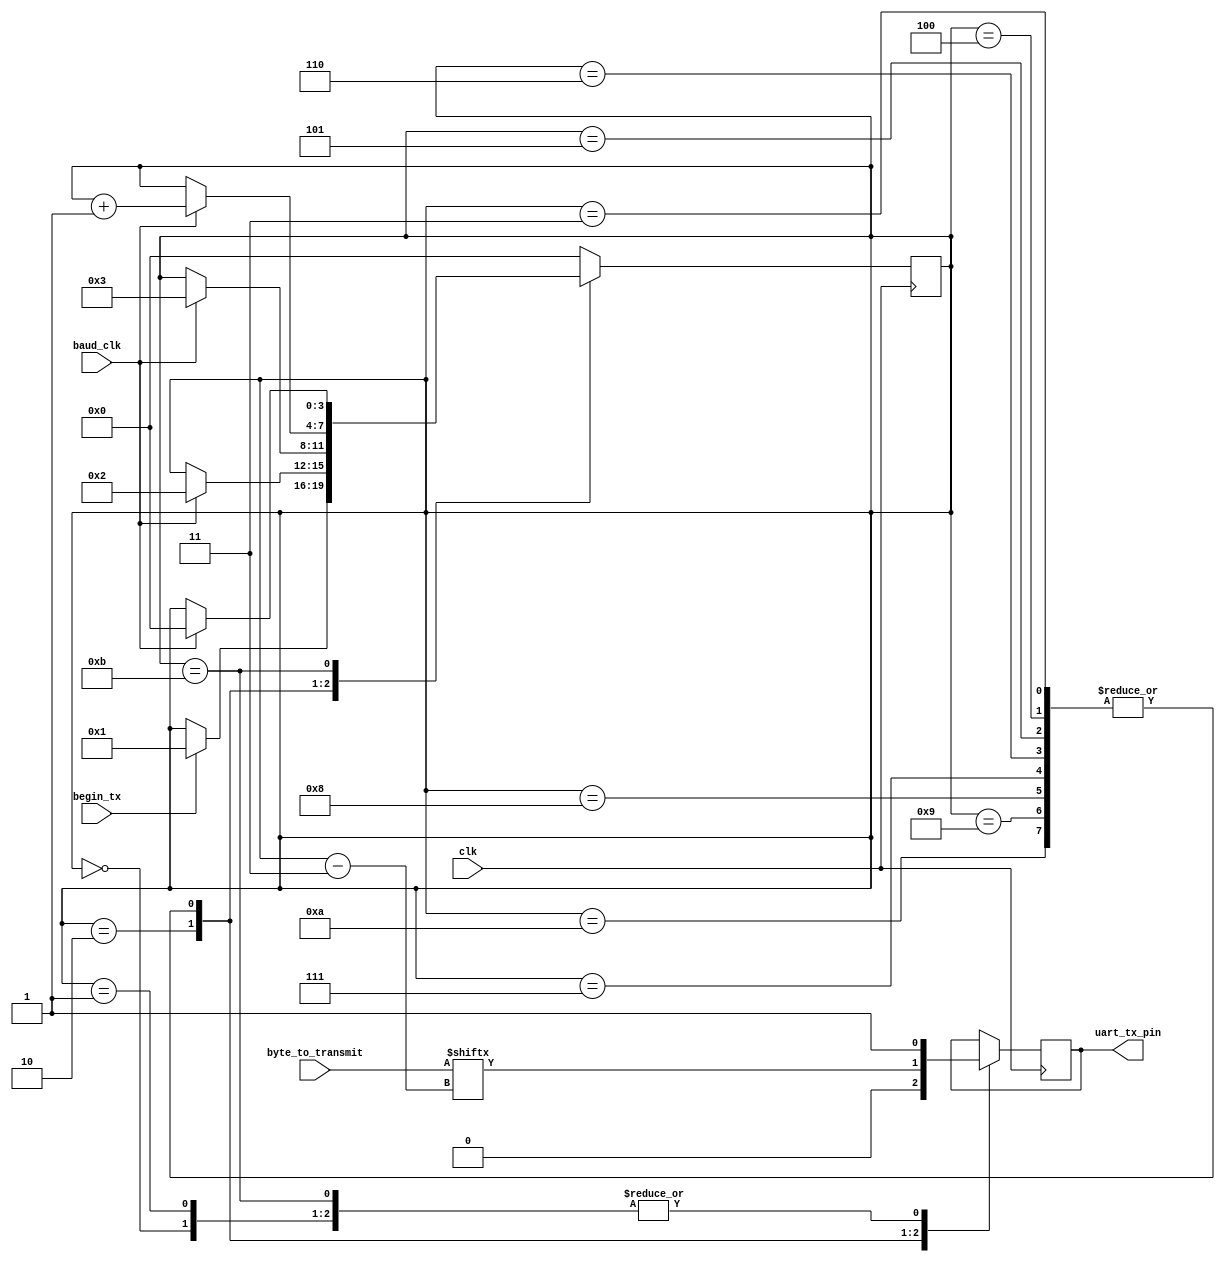
module byte_transmitter(
	clk,
	baud_clk,
	byte_to_transmit,
	begin_tx,
	uart_tx_pin);
	
// Assumptions: 8N1, RS-232. Code will need to be modified as appropriate
// for parity, additional stop bits, etc.

input clk;
input baud_clk;
input [7:0] byte_to_transmit;
input begin_tx;
output reg uart_tx_pin = 0;

reg [3:0] current_state = 0;

always @(posedge clk)
begin
	case (current_state)
	0: begin
		// Idle state; stay "high" unless told to transmit.
		uart_tx_pin <= 1;
		if (begin_tx)
			current_state <= 1;
	end
	1: begin
		// Synchronize on baud clock before beginning transmit.
		uart_tx_pin <= 1;
		if (baud_clk)
			current_state <= 2;
	end
	2: begin
		// Start bit; always 0.
		uart_tx_pin <= 0;
		if (baud_clk)
			current_state <= 3;
	end
	3, 4, 5, 6, 7, 8, 9, 10: begin
		// Data bits, LSB first.
		uart_tx_pin <= byte_to_transmit[current_state - 3];
		if (baud_clk)
			current_state <= current_state + 1;
	end
	11: begin
		// Stop bit, always high.
		uart_tx_pin <= 1;
		if (baud_clk)
			current_state <= 0;
	end
	default: begin
		// Should be impossible.
		current_state <= 0;
	end
	endcase
end

endmodule